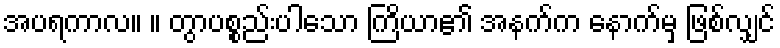
အပရကာလ။ ။ တွာပစ္စည်းပါသော ကြိယာ၏ အနက်က နောက်မှ ဖြစ်လျှင်